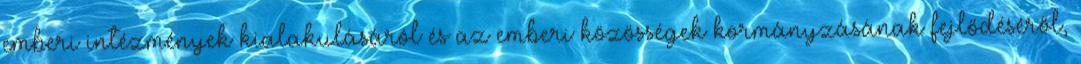
emberi intézmények kialakulásáról és az emberi közösségek kormányzásának fejlődéséről,